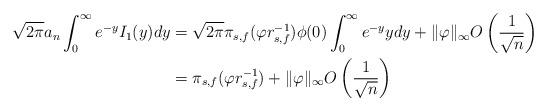
LaTeX: \begin{align*}\sqrt{2\pi} a_n \int_0^{\infty} e^{- y} I_1(y) dy& = \sqrt{2\pi} \pi_{s,f}(\varphi r_{s,f}^{-1}) \phi(0) \int_0^{\infty} e^{- y} y dy + \|\varphi\|_{\infty} O \left( \frac{1}{\sqrt{n}} \right) \\& = \pi_{s,f}(\varphi r_{s,f}^{-1}) + \|\varphi\|_{\infty} O \left( \frac{1}{\sqrt{n}} \right)\end{align*}